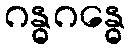
ဂန္ဓဂန္ဓေ